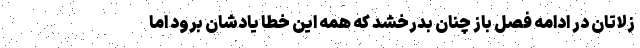
زلاتان در ادامه فصل باز چنان بدرخشد که همه این خطا یادشان برود اما